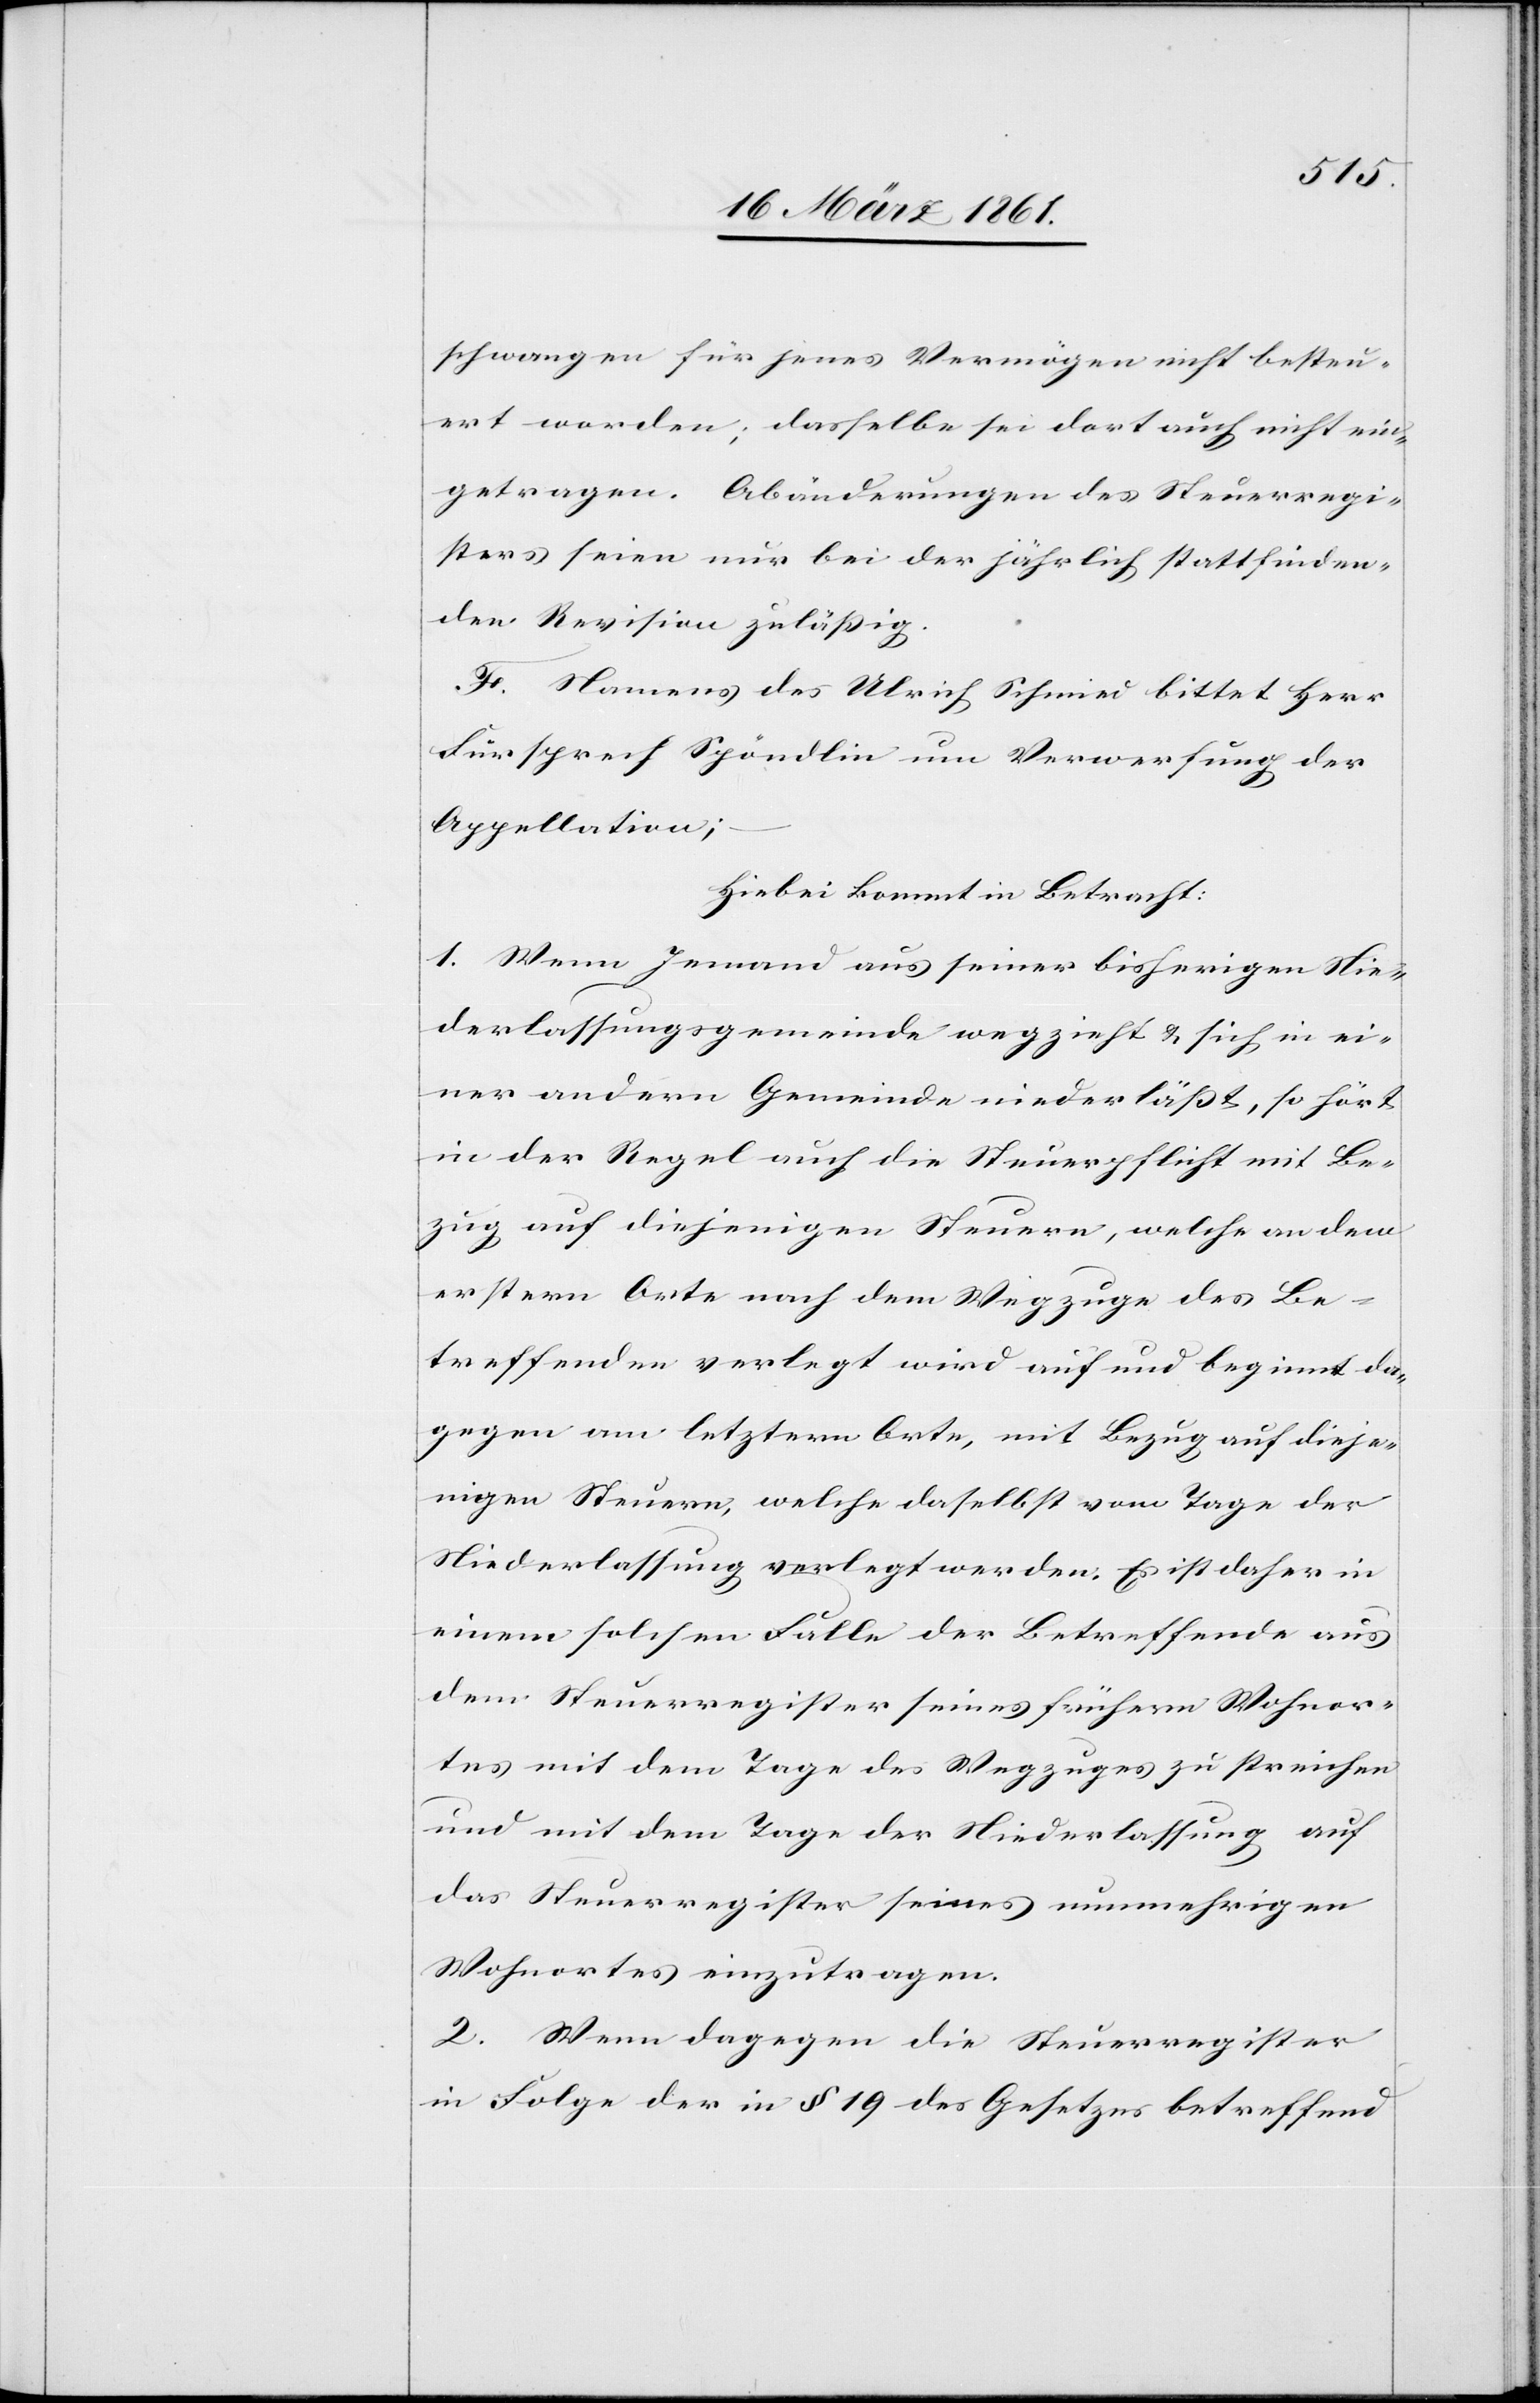
schwangen für jenes Vermögen nicht besteu¬
ert worden; dasselbe sei dort auch nicht ein¬
getragen. Abänderungen des Steuerregi¬
sters seien nur bei der jährlich stattfinden¬
den Revision zulässig.
F. Namens des Ulrich Schmied bittet Herr
Fürsprech Spöndlin um Verwerfung der
Appellation;
Hiebei kommt in Betracht:
1. Wenn Jemand aus seiner bisherigen Nie¬
derlassungsgemeinde wegzieht u. sich in ei¬
ner andern Gemeinde niederlässt, so hört
in der Regel auch die Steuerpflicht mit Be¬
zug auf diejenigen Steuern, welche an dem
erstern Orte nach dem Wegzuge des Be¬
treffenden verlegt wird auf und beginnt da¬
gegen am letztern Orte, mit Bezug auf dieje¬
nigen Steuern, welche daselbst vom Tage der
Niederlaßung verlegt werden. Es ist daher in
einem solchen Falle der Betreffende aus
dem Steuerregister seines frühern Wohnor¬
tes mit dem Tage des Wegzuges zu streichen
und mit dem Tage der Niederlaßung auf
das Steuerregister seines nunmehrigen
Wohnortes einzutragen.
2. Wenn dagegen die Steuerregister
in Folge der in § 19 des Gesetzes betreffend